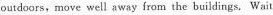
outdoors, move well away from the buildings, Wait